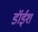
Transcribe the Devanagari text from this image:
डॉईश